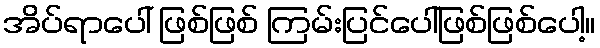
အိပ်ရာပေါ် ဖြစ်ဖြစ် ကြမ်းပြင်ပေါ်ဖြစ်ဖြစ်ပေါ့။